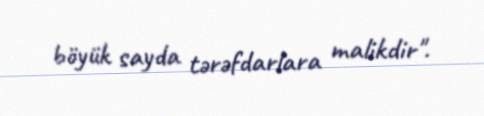
böyük sayda tərəfdarlara malikdir".